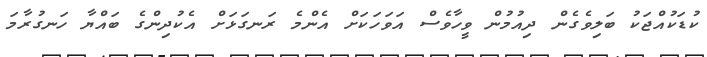
ކުޑަކުއްޖަކު ބަލިވެގެން ދިއުމުން ވީހާވެސް އަވަހަކަށް އެންމެ ރަނގަޅަށް އެކުދިންގެ ބައްޔާ ހަނގުރާމަ